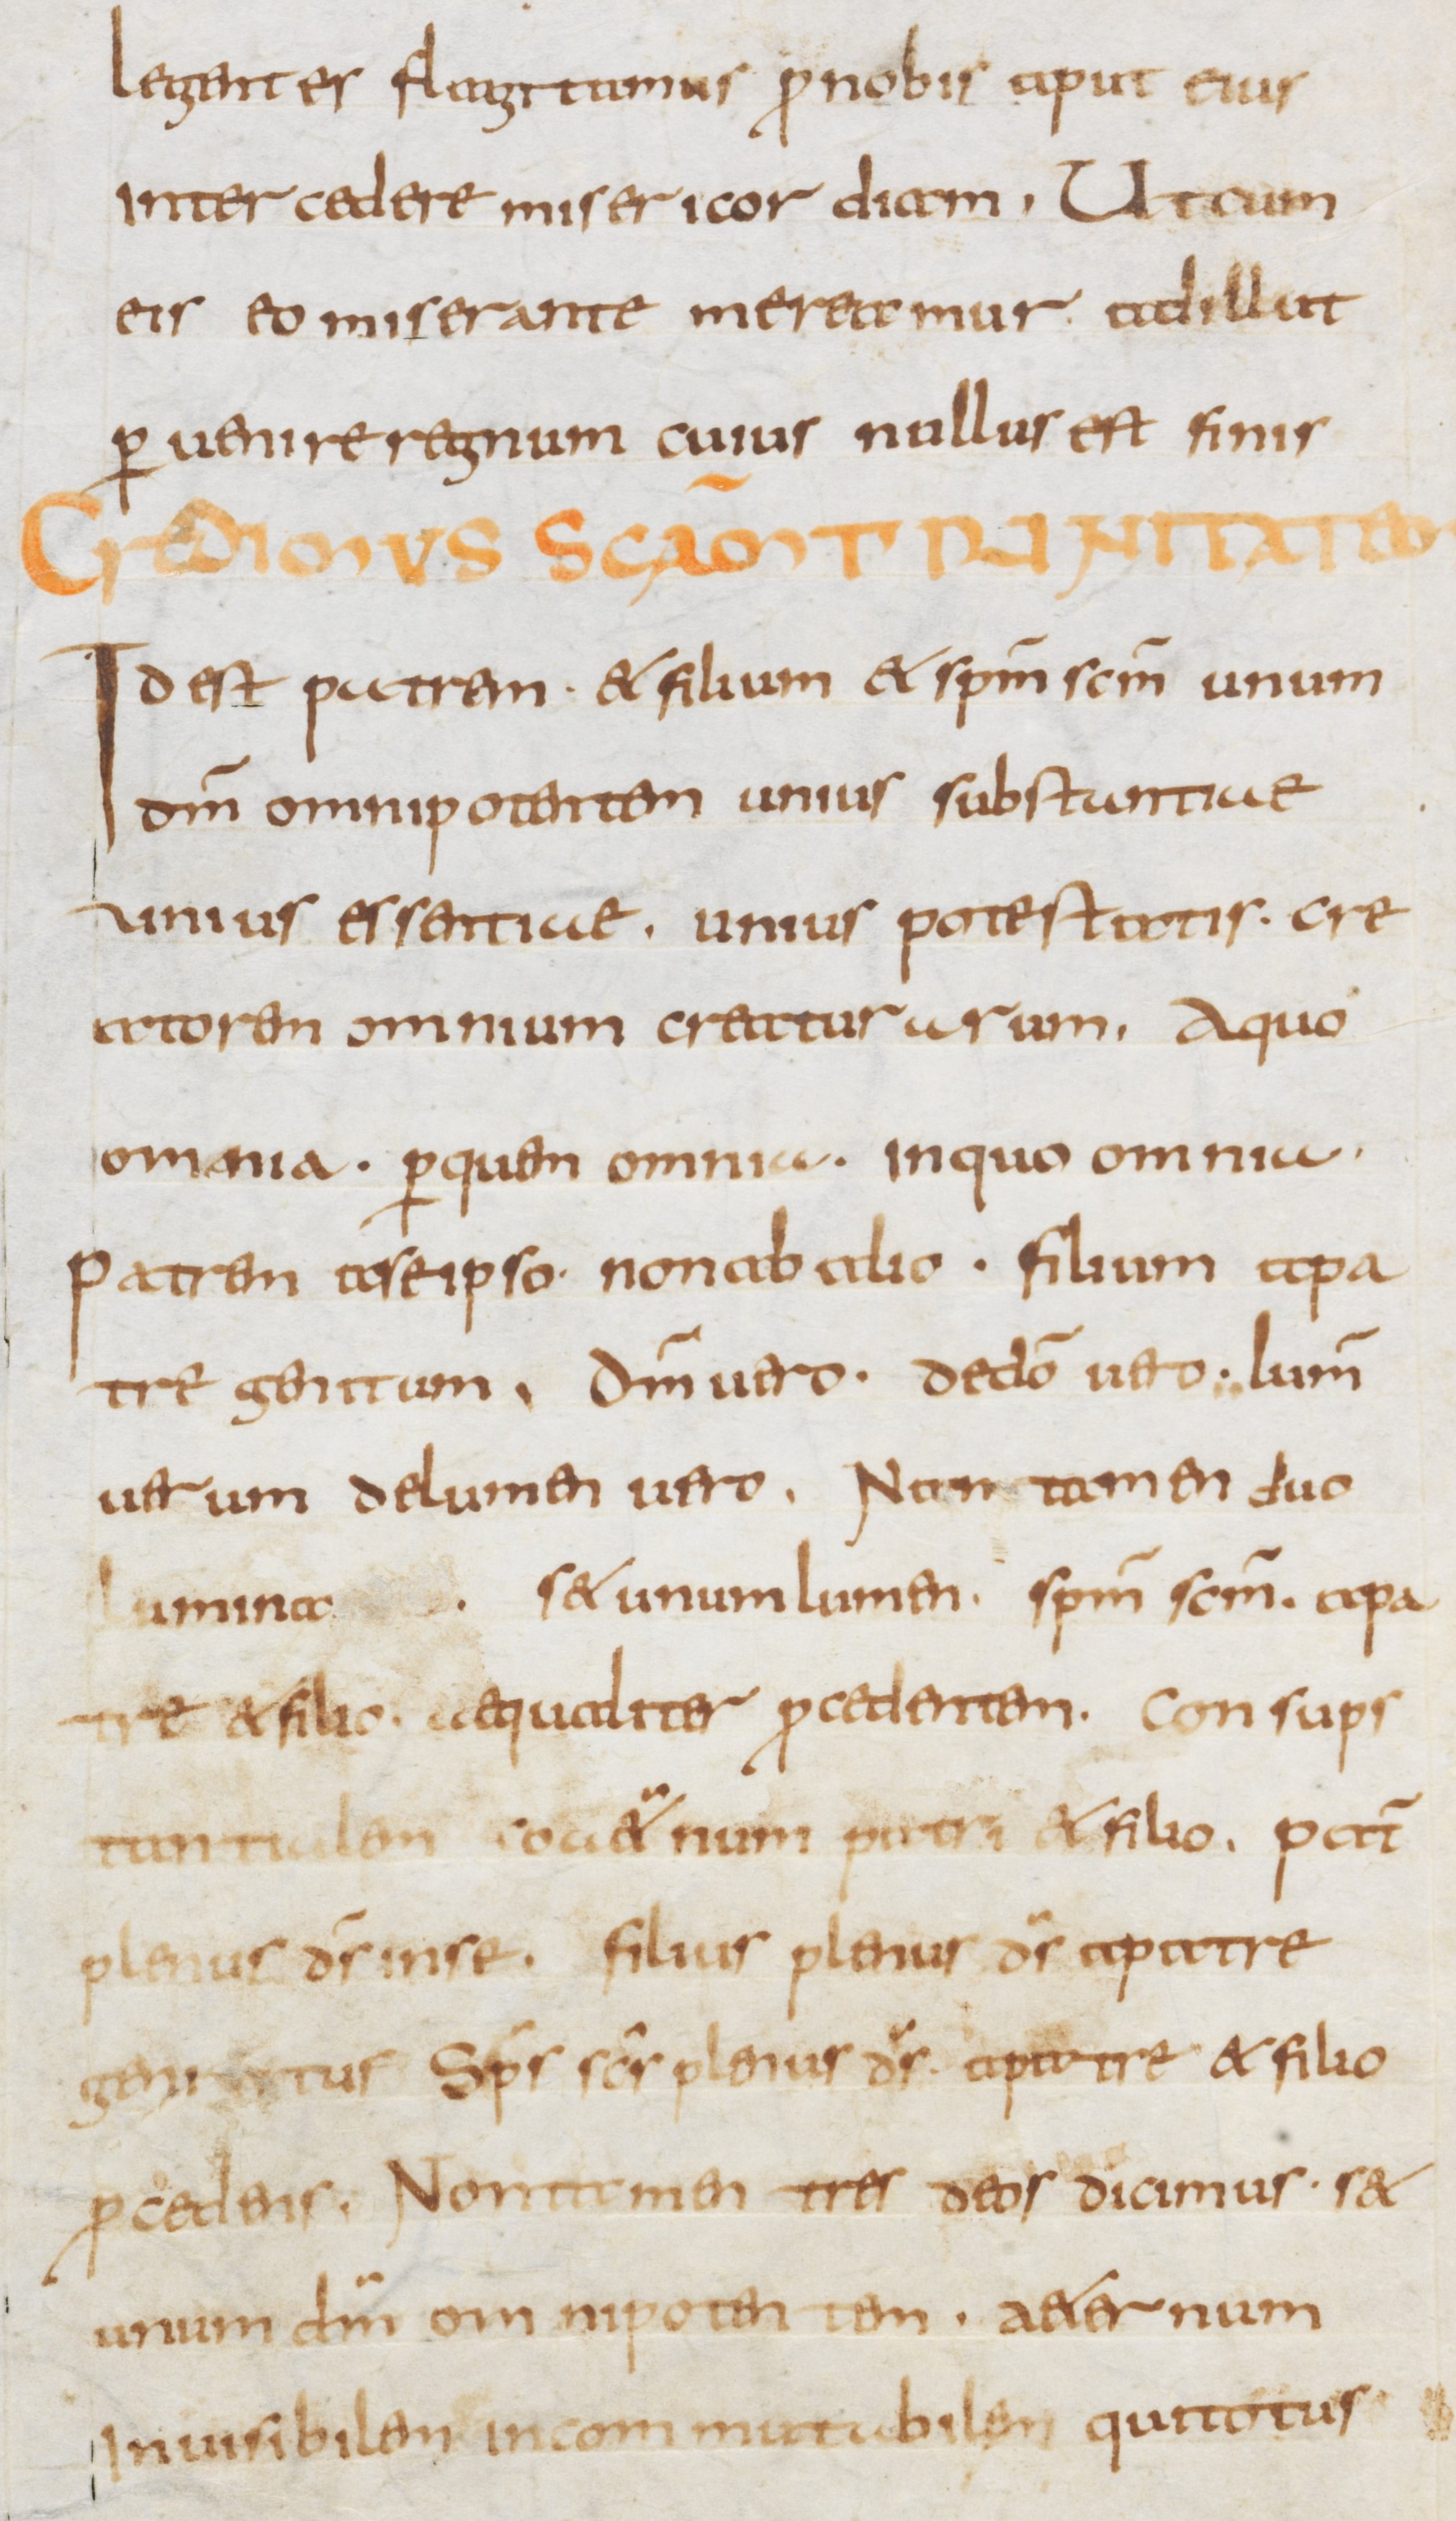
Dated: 800–899